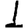
Digit: 1